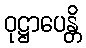
ဝုဋ္ဌာပေန္တိ